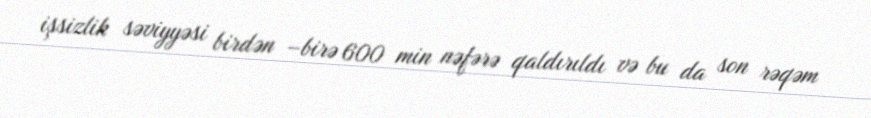
işsizlik səviyyəsi birdən –birə 600 min nəfərə qaldırıldı və bu da son rəqəm